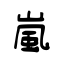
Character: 嵐